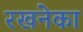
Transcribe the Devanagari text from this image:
रखनेका